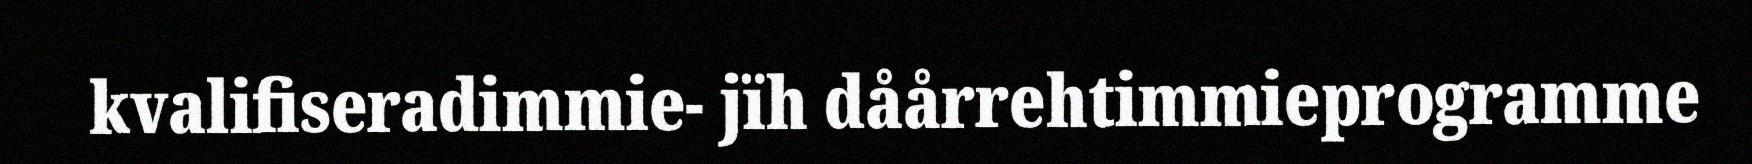
kvalifiseradimmie- jïh dåårrehtimmieprogramme